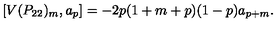
[ V ( P _ { 2 2 } ) _ { m } , a _ { p } ] = - 2 p ( 1 + m + p ) ( 1 - p ) a _ { p + m } .